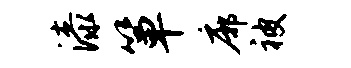
漆箪廓被